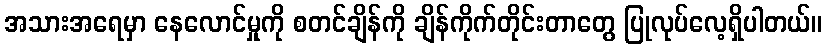
အသားအရေမှာ နေလောင်မှုကို စတင်ချိန်ကို ချိန်ကိုက်တိုင်းတာတွေ ပြုလုပ်လေ့ရှိပါတယ်။